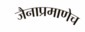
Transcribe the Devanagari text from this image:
जैनाप्रमाणेच